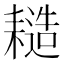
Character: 䎭